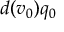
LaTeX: d ( v _ { 0 } ) q _ { 0 }